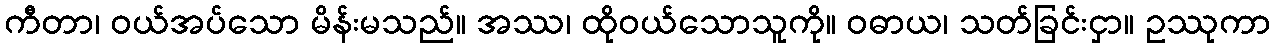
ကီတာ၊ ဝယ်အပ်သော မိန်းမသည်။ အဿ၊ ထိုဝယ်သောသူကို။ ဝဓာယ၊ သတ်ခြင်းငှာ။ ဥဿုကာ